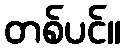
တစ်ပင်။